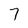
Character: 7